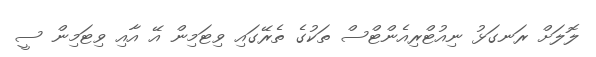
ލޮލަށް ރަނގަޅު ނިއުޓްރިއެންޓްސް ތަކުގެ ތެރޭގައި ވިޓަމިން އޭ އާއި ވިޓަމިން ސީ